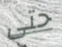
حتى